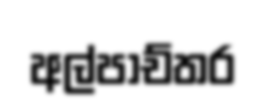
අල්පාච්තර